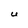
Character: U